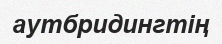
аутбридингтің